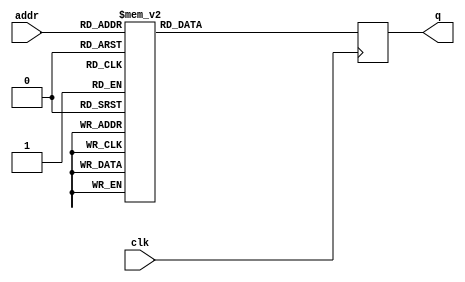
`timescale 1ns/1ns
module  LUT(clk, addr, q);
    input [4:0] addr ;
    input clk;
    output reg [63:0] q; 
    always@(posedge clk) begin 
        case(addr) 
            0: q <= 64'h0000000000000001;
            1: q <= 64'h0000000000008082;
            2: q <= 64'h800000000000808a;
            3: q <= 64'h8000000080008000;
            4: q <= 64'h000000000000808b;
            5: q <= 64'h0000000080000001;
            6: q <= 64'h8000000080008081;
            7: q <= 64'h8000000000008009;
            8: q <= 64'h000000000000008a;
            9: q <= 64'h0000000000000088;
            10:q <= 64'h0000000080008009;
            11:q <= 64'h000000008000000a;
            12: q <= 64'h000000008000808b;
            13: q <= 64'h800000000000008b;
            14: q <= 64'h8000000000008089;
            15: q <= 64'h8000000000008003;
            16: q <= 64'h8000000000008002;
            17: q <= 64'h8000000000000080;
            18: q <= 64'h000000000000800a;
            19: q <= 64'h800000008000000a;
            20: q <= 64'h8000000080008081;
            21: q <= 64'h8000000000008080;
            22: q <= 64'h0000000080000001;
            23: q <= 64'h8000000080008008;
            default:q <= 64'h00;
        endcase 
    end
endmodule